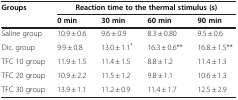
| <ROWSPAN=2> Groups | <COLSPAN=4> Reaction time to the thermal stimulus (s) |
 | 0 min | 30 min | 60 min | 90 min |
 | --- | --- | --- | --- | --- |
 | Saline group | 10.9 ± 0.6 | 9.6 ± 0.9 | 8.3 ± 0.80 | 9.5 ± 0.6 |
 | Dic. group | 9.9 ± 0.8 | 13.0 ± 1.1* | 16.3 ± 0.6** | 16.8 ± 1.5** |
 | TFC 10 group | 11.9 ± 1.5 | 11.4 ± 1.5 | 8.8 ± 1.2 | 11.4 ± 1.3 |
 | TFC 20 group | 10.9 ± 2.2 | 11.5 ± 1.2 | 9.8 ± 1.1 | 10.6 ± 1.3 |
 | TFC 30 group | 13.9 ± 1.1 | 11.2 ± 0.9 | 11.4 ± 1.7 | 12.5 ± 2.9 |